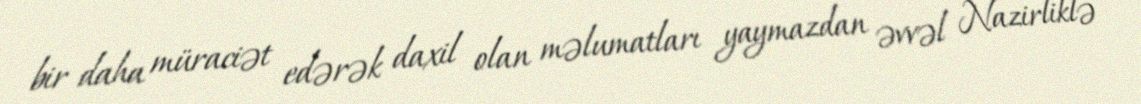
bir daha müraciət edərək daxil olan məlumatları yaymazdan əvvəl Nazirliklə